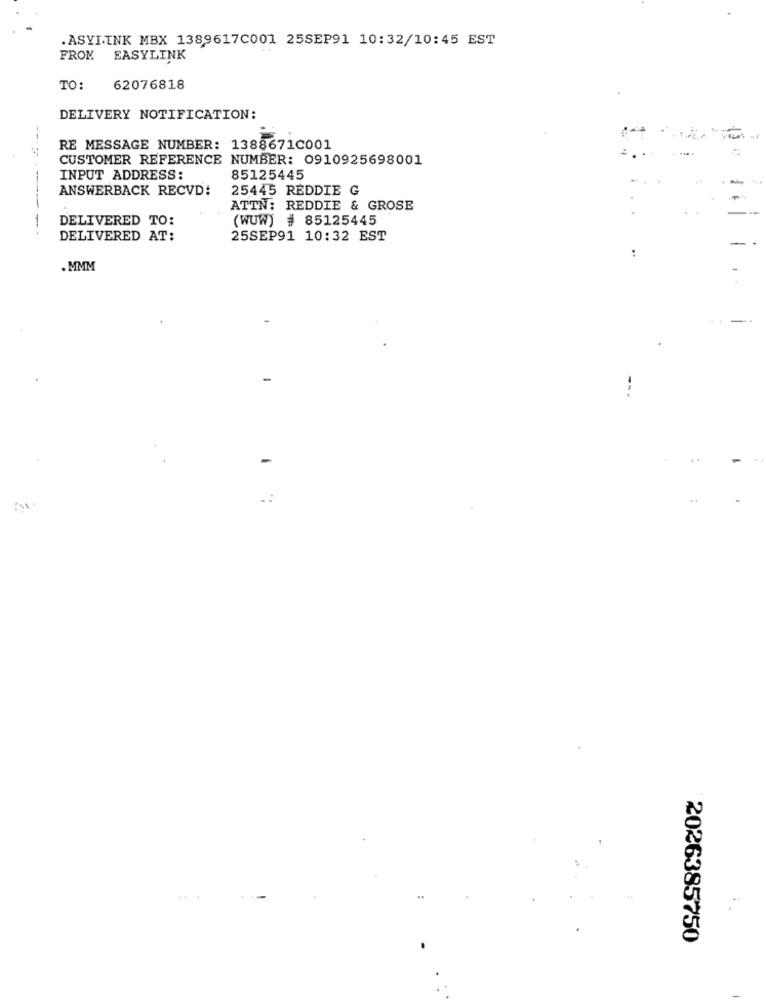
.ASYI.INK MBX 1389617C001 25SEP91 10:32/10:45 EST
FROM
EASYLINK
TO:
62076818
DELIVERY NOTIFICATION:
RE MESSAGE NUMBER: 1388671C001
CUSTOMER REFERENCE NUMBER: 0910925698001
INPUT ADDRESS:
85125445
ANSWERBACK RECVD:
25445 REDDIE G
ATTN: REDDIE & GROSE
DELIVERED TO:
(WUW) # 85125445
DELIVERED AT:
25SEP91 10:32 EST
.MMM
2026385750